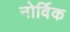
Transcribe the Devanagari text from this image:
नोर्विक